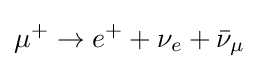
\mu ^{+}\rightarrow e^{+}+\nu _{e}+{\bar {\nu }}_{\mu }~